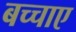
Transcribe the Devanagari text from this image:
बच्चाए